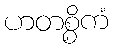
ဟတစ္စိကံ